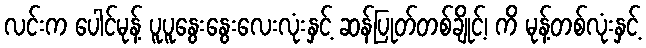
လင်းက ပေါင်မုန့် ပူပူနွေးနွေးလေးလုံးနှင့် ဆန်ပြုတ်တစ်ချိုင့်၊ ကိ မုန့်တစ်လုံးနှင့်